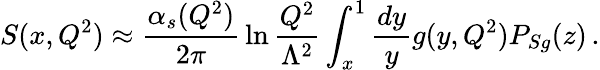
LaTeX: S(x,Q^{2})\approx{\frac{\alpha_{s}(Q^{2})}{2\pi}}\ln{\frac{Q^{2}}{\Lambda^{2}}}\int_{x}^{1}{\frac{dy}{y}}g(y,Q^{2})P_{Sg}(z)\, .